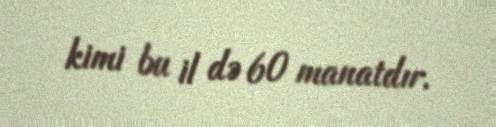
kimi bu il də 60 manatdır.